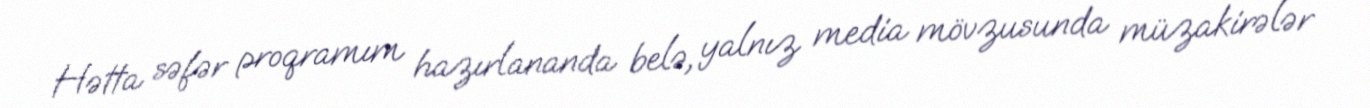
Hətta səfər proqramım hazırlananda belə, yalnız media mövzusunda müzakirələr